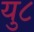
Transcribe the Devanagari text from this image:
यु८